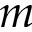
m